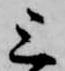
上